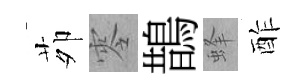
茆零鵲蜂酢